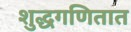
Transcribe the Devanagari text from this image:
शुद्धगणितात